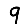
Digit: 9